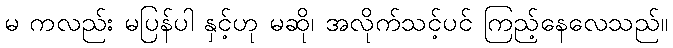
မ ကလည်း မပြန်ပါ နှင့်ဟု မဆို၊ အလိုက်သင့်ပင် ကြည့်နေလေသည်။